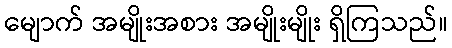
မျောက် အမျိုးအစား အမျိုးမျိုး ရှိကြသည်။